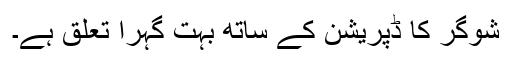
شوگر کا ڈپریشن کے ساتھ بہت گہرا تعلق ہے۔